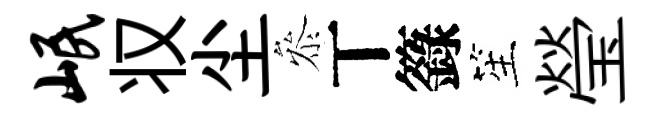
岷𠬧尘叅丅籙笙瑩